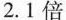
2.1倍